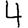
Digit: 4